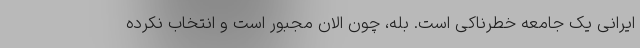
ایرانی یک جامعه خطرناکی است. بله، چون الان مجبور است و انتخاب نکرده